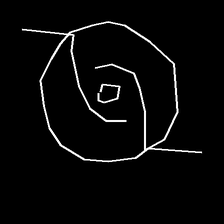
Glyph: repetition